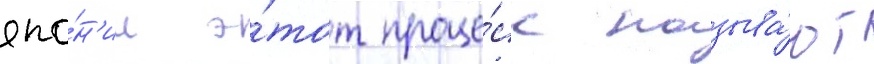
япо́н'ии э́тот проце́сс называ́ют